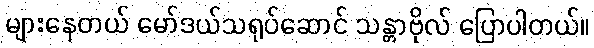
များနေတယ် မော်ဒယ်သရုပ်ဆောင် သန္တာဗိုလ် ပြောပါတယ်။